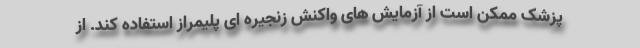
پزشک ممکن است از آزمایش های واکنش زنجیره ای پلیمراز استفاده کند. از